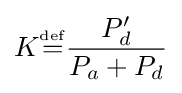
K{\overset {\underset {\mathrm {def} }{}}{=}}{\frac {P_{d}'}{P_{a}+P_{d}}}